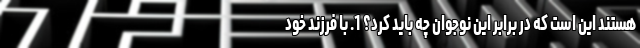
هستند این است که در برابر این نوجوان چه باید کرد؟ 1. با فرزند خود